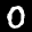
Label: 0